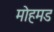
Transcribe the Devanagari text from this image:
मोहमड